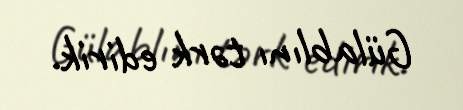
Gülablını tərk edirik.